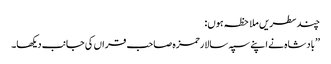
چندسطریں ملاحظہ ہوں:
’’بادشاہ نے اپنے سپہ سالارحمزہ صاحب قراں کی جانب دیکھا۔